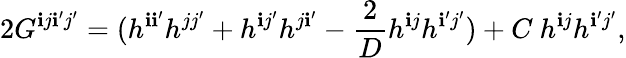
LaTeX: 2G^{\mathbf{i}j\mathbf{i}^{\prime}j^{\prime}}=(h^{\mathbf{i}\mathbf{i}^{\prime}}h^{jj^{\prime}}+h^{\mathbf{i}j^{\prime}}h^{j\mathbf{i}^{\prime}}-\frac{{2}}{{D}}h^{\mathbf{i}j}h^{\mathbf{i}^{\prime}j^{\prime}})+C~h^{\mathbf{i}j}h^{\mathbf{i}^{\prime}j^{\prime}},